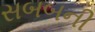
સબબની